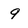
Character: 9